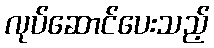
လုပ်ဆောင်ပေးသည့်